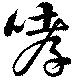
哮